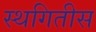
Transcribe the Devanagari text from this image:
स्थगितीस